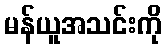
မန်ယူအသင်းကို